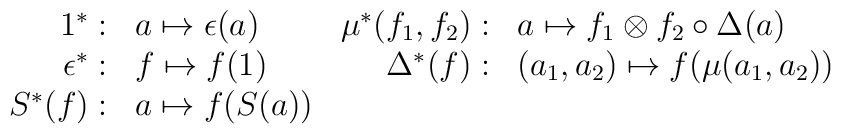
\begin{array}{rlrl}1^* :& a\mapsto \epsilon(a)&\mu^*(f_1,f_2):& a \mapsto f_1\otimes f_2\circ\Delta(a) \\\epsilon^*:& f \mapsto f(1)& \Delta^*(f):& (a_1,a_2) \mapsto f(\mu(a_1,a_2))\\S^*(f):& a \mapsto f(S(a))&~&~\end{array}